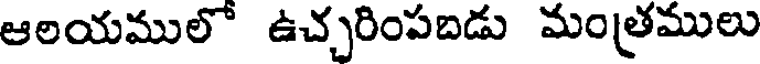
ఆలయములో ఉచ్చరింపబడు మంత్రములు